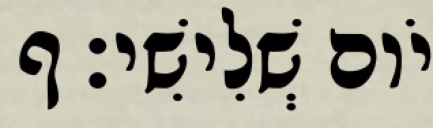
יֹום שְׁלִישִׁי׃ ף